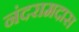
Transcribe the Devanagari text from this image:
नंदरामदास